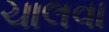
ચાલવા